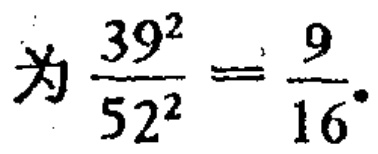
为$\frac{39^{2}}{52^{2}}=\frac{9}{16}$。